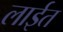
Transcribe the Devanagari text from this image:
लाईत